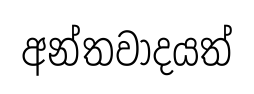
අන්තවාදයත්